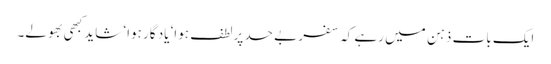
ایک بات ذہن میں رہے کہ سفر بے حد پرلطف ہوا‘ یاد گار ہوا‘ شاید کبھی بھولے۔